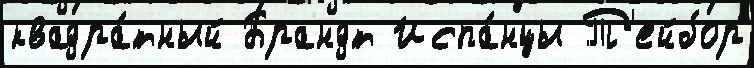
квадра́тный Брандт Испа́нцы Т'ейбор